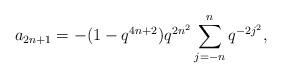
LaTeX: \begin{align*} a_{2n+1} = -(1-q^{4n+2})q^{2n^2}\sum_{j=-n}^{n} q^{-2j^2},\end{align*}